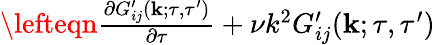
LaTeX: \begin{array}{rlr}{\lefteqn{\frac{\partial G_{ij}^{\prime}({\mathbf{k}};\tau,\tau^{\prime})}{\partial\tau}+\nu k^{2}G_{ij}^{\prime}({\mathbf{k}};\tau,\tau^{\prime})}}\end{array}